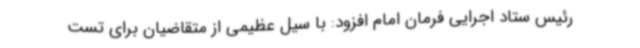
رئیس ستاد اجرایی فرمان امام افزود: با سیل عظیمی از متقاضیان برای تست